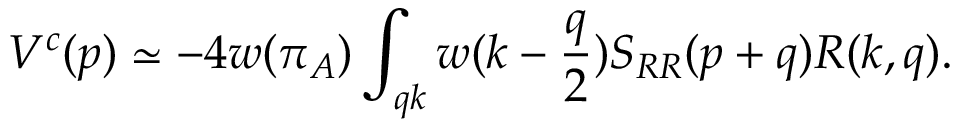
V ^ { c } ( p ) \simeq - 4 w ( \pi _ { A } ) \int _ { q k } w ( k - { \frac { q } { 2 } } ) S _ { R R } ( p + q ) R ( k , q ) .